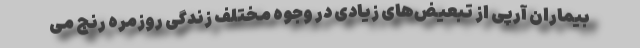
بیماران آرپی از تبعیض‌های زیادی در وجوه مختلف زندگی روزمره رنج می